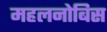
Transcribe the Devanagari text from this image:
महलनोबिस